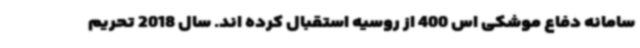
سامانه دفاع موشکی اس 400 از روسیه استقبال کرده اند. سال 2018 تحریم